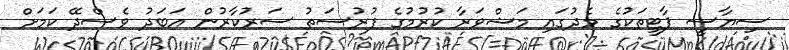
ސިޔާސީ ޕާޓީތަކުގެ މެދުގައި މަޝްވަރާ ކުރުމުގެ ފުރުސަތު ސަރުކާރުން އަބަދު ވެސްދޭ ކަމަށް